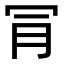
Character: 𣍟